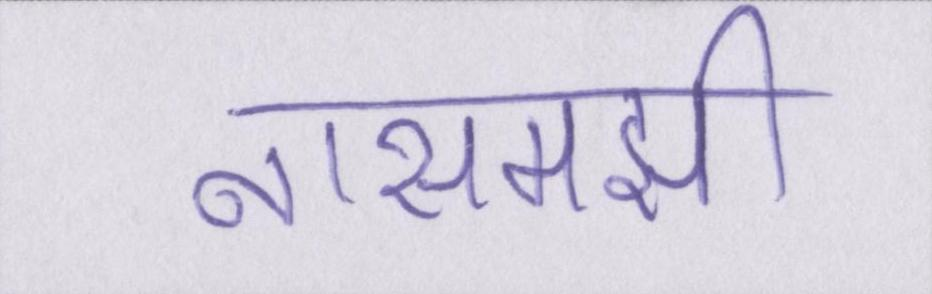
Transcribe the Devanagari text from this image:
नासमझी